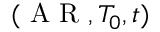
( \mathrm { ~ A ~ R ~ } , T _ { 0 } , t )